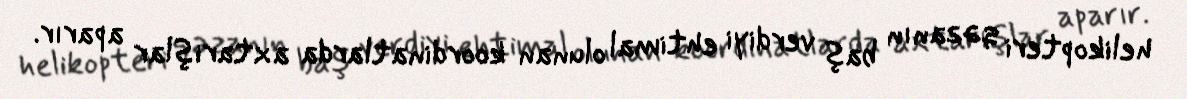
helikopteri qəzanın baş verdiyi ehtimal olunan koordinatlarda axtarışlar aparır.